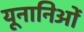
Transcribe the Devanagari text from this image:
यूनानिओं